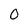
Character: 0